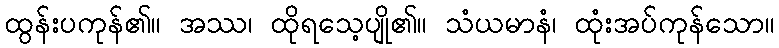
ထွန်းပကုန်၏။ အဿ၊ ထိုရသေ့ပျို၏။ သံယမာနံ၊ ထုံးအပ်ကုန်သော။